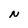
Character: N